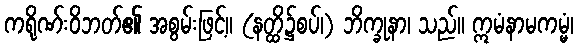
ကရိုဏ်းဝိဘတ်၏ အစွမ်းဖြင့်။ (နတ္ထိ၌စပ်၊) ဘိက္ခုနာ၊ သည်။ ဣမံနာမကမ္မံ၊